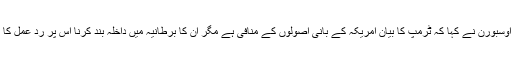
وزیر خزانہ جارج اوسبورن نے کہا کہ ٹرمپ کا بیان امریکہ کے بانی اصولوں کے منافی ہے مگر ان کا برطانیہ میں داخلہ بند کرنا اس پر رد عمل کا بہترین طریقہ نہیں۔